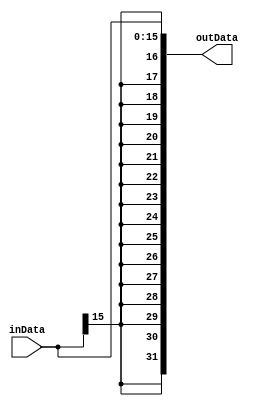
module signExtern #(parameter inWidth=16,outWidth=32)(

input   [inWidth-1:0] inData,
output  [outWidth-1:0] outData
);

assign outData = {{(outWidth-inWidth){inData[inWidth-1]}},inData};

endmodule